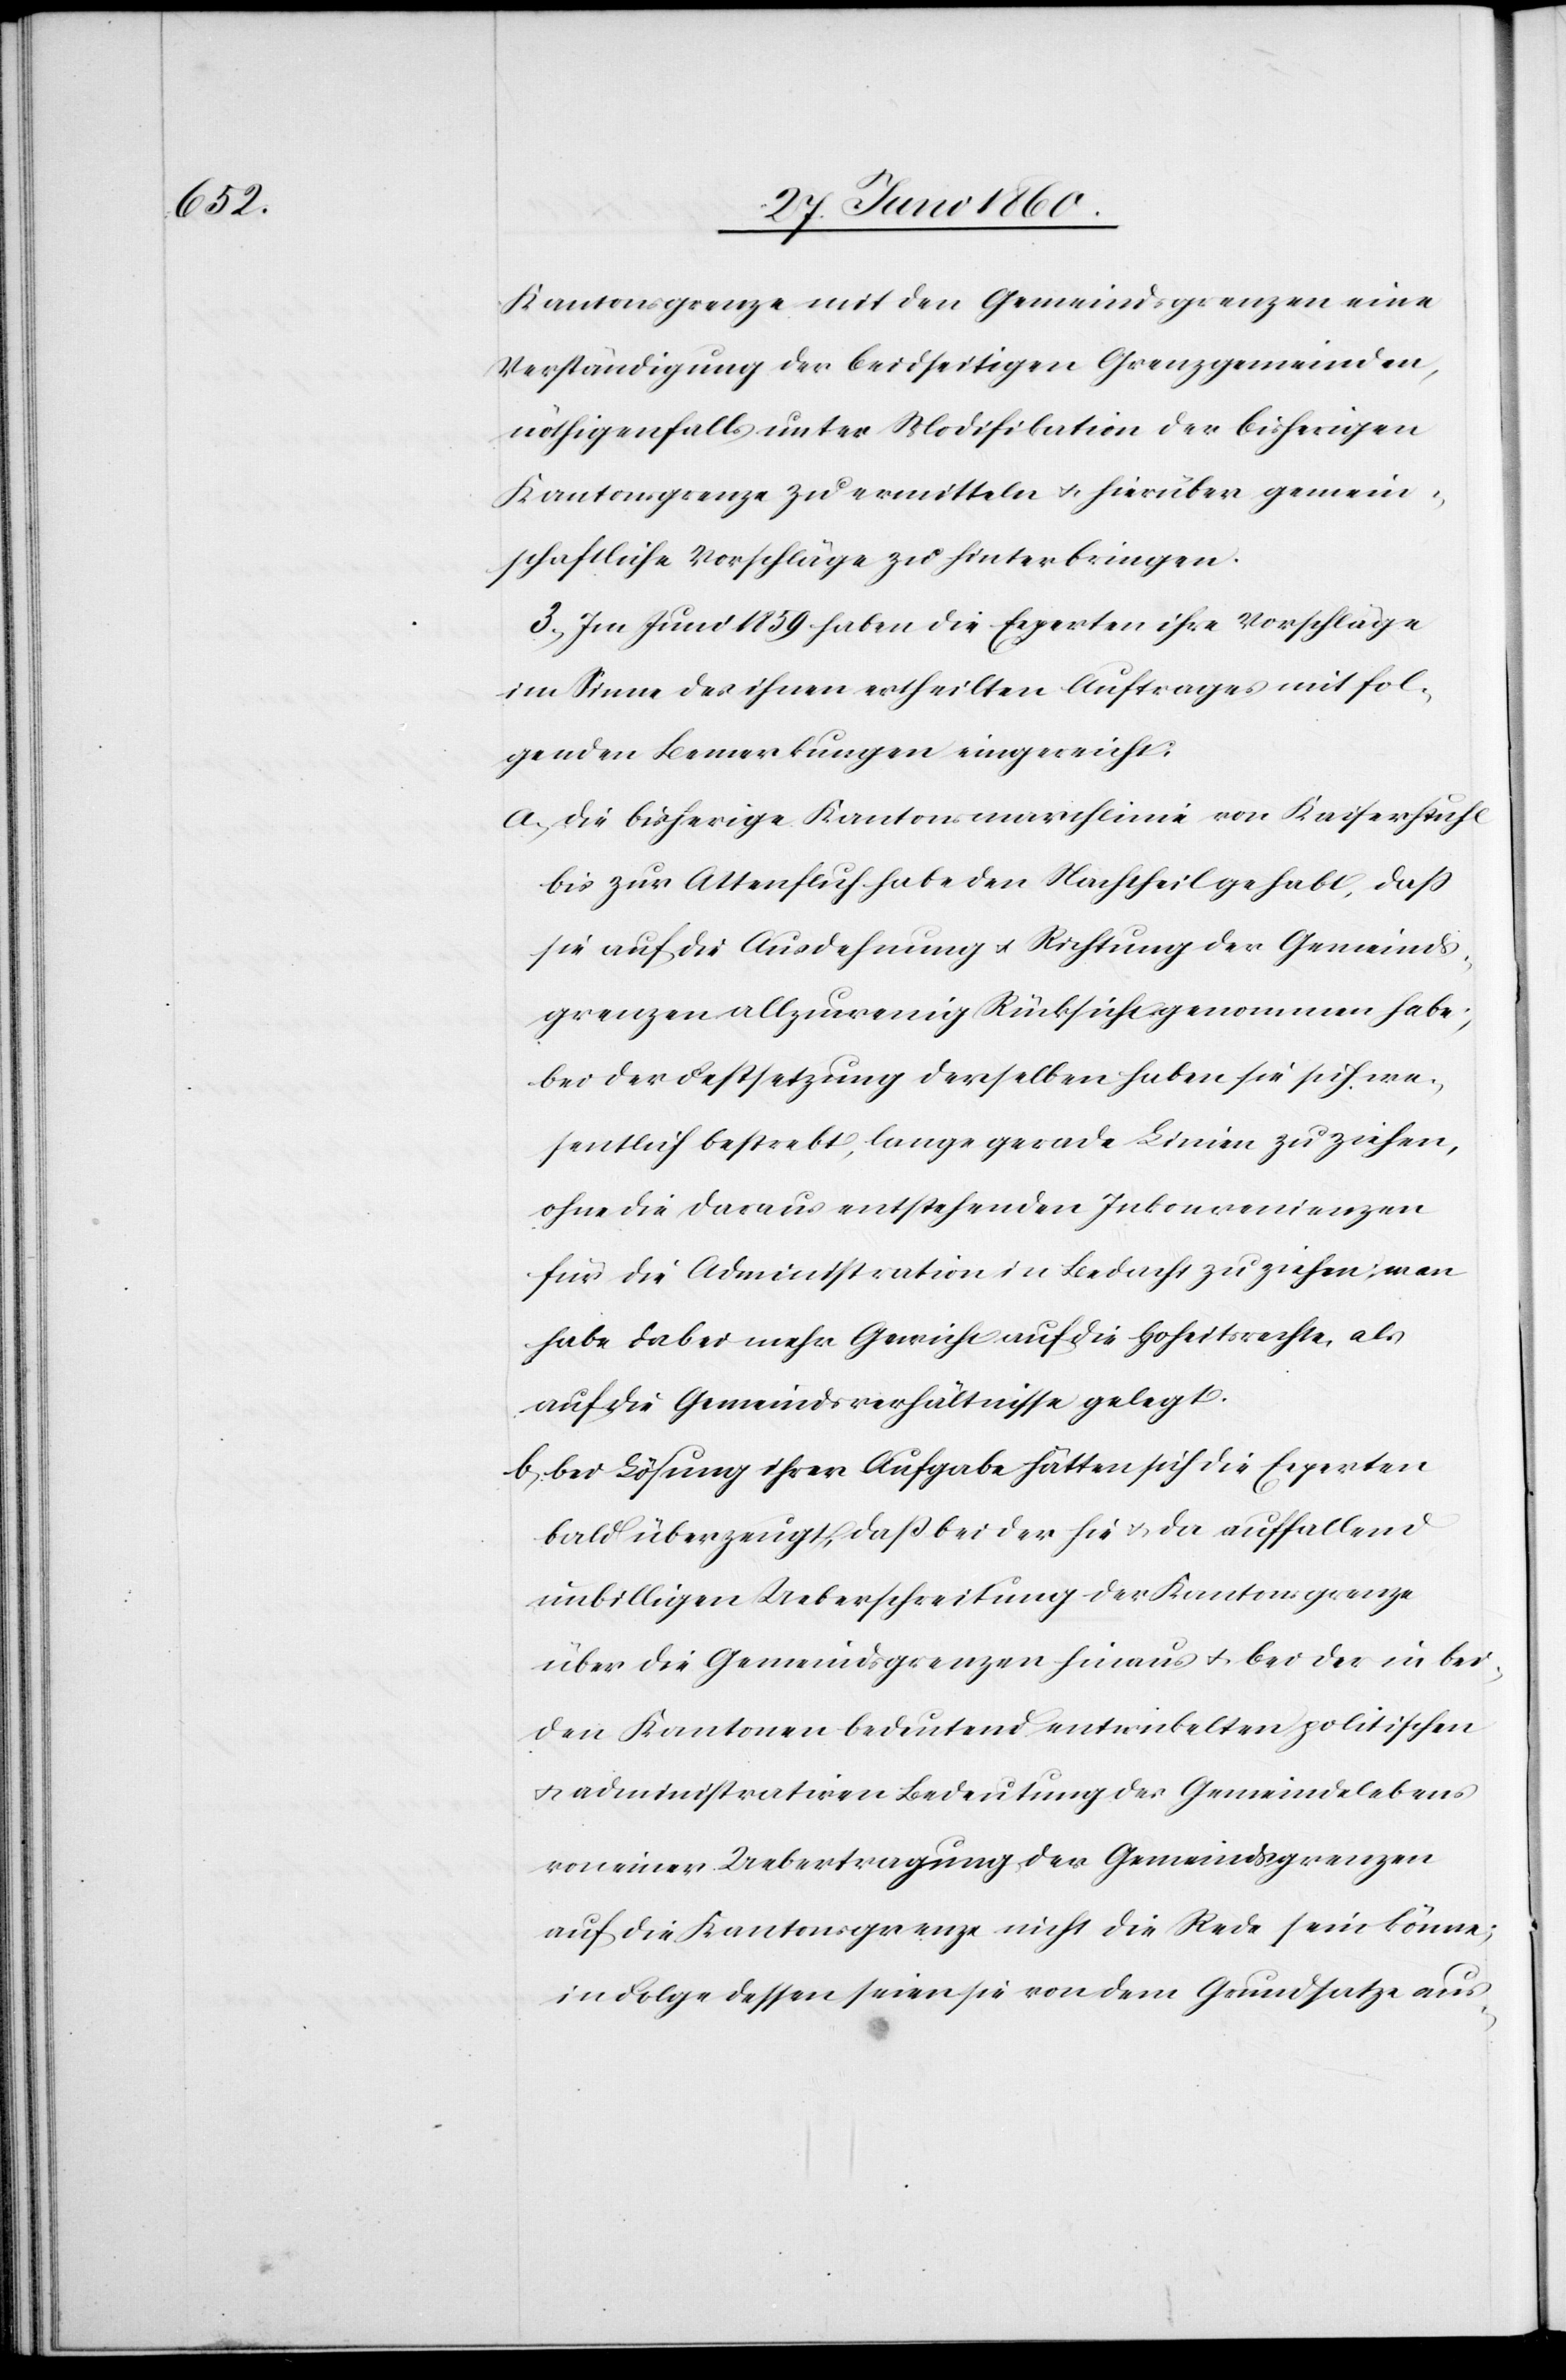
Kantonsgrenze mit den Gemeindsgrenzen eine
Verständigung der beidseitigen Grenzgemeinden,
nöthigenfalls unter Modifikation der bisherigen
Kantonsgrenze zu ermitteln u. hierüber gemein¬
schaftliche Vorschläge zu hinterbringen.
3. Im Juni 1859 haben die Experten ihre Vorschläge
im Sinne des ihnen ertheilten Auftrages mit fol¬
genden Bemerkungen eingereicht:
a. die bisherige Kantonsmarchlinie von Kaiserstuhl
bis zur Attenfluch habe den Nachtheil gehabt, dass
sie auf die Ausdehnung u. Richtung der Gemeinds¬
grenzen allzuwenig Rücksicht genommen habe;
bei der Festsetzung derselben haben sie sich we¬
sentlich bestrebt, lange gerade Linien zu ziehen,
ohne die daraus entstehenden Inkonvenienzen
für die Administration in Bedacht zu ziehen; man
habe dabei mehr Gewicht auf die Hoheitsrechte, als
auf die Gemeindsverhältnisse gelegt.
b. bei Lösung ihrer Aufgabe hätten sich die Experten
bald überzeugt, dass bei der hie u. da auffallend
unbilligen Ueberschreitung der Kantonsgrenze
über die Gemeindsgrenzen hinaus u. bei der in bei¬
den Kantonen bedeutend entwickelten politischen
u. administrativen Bedeutung des Gemeindelebens
von einer Uebertragung der Gemeindsgrenzen
auf die Kantonsgrenze nicht die Rede sein könne;
in Folge dessen seien sie von dem Grundsatze aus-